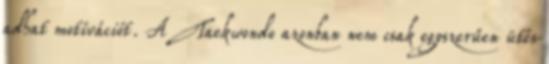
adhat motívációt. A Taekwondo azonban nem csak egyszerűen ütés